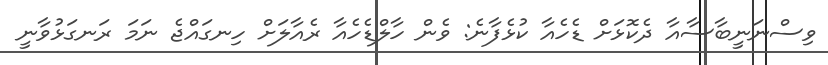
ވިސްނަނީބާސާއާ ދެކޮޅަށް ޑެހެއާ ކުޅެފާނެ: ވެން ހާލްޑެހެއާ ރެއާލަށް ހިނގައްޖެ ނަމަ ރަނގަޅުވާނީ